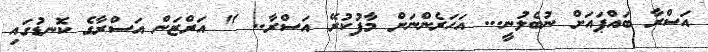
އަސްރާ ބައްޕައަށް ނުބެލުނީ... އަހަރެންނަށް މާފުކުރޭ އަސްރާ.. " އަރްޒަން އަސްރާގެ ކޮނޑުގައި